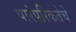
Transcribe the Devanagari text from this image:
पारंपरिकतेचे